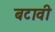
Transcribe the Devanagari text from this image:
बटावी